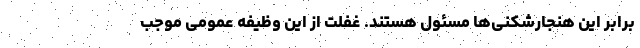
برابر این هنجارشکنی‌ها مسئول هستند. غفلت از این وظیفه عمومی‌ موجب